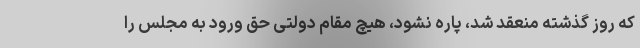
که روز گذشته منعقد شد، پاره نشود، هیچ مقام دولتی حق ورود به مجلس را